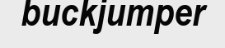
buckjumper